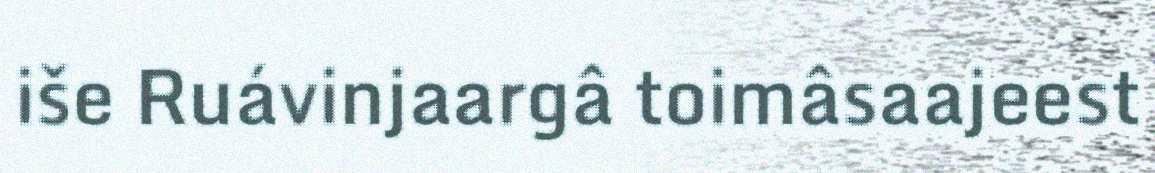
iše Ruávinjaargâ toimâsaajeest